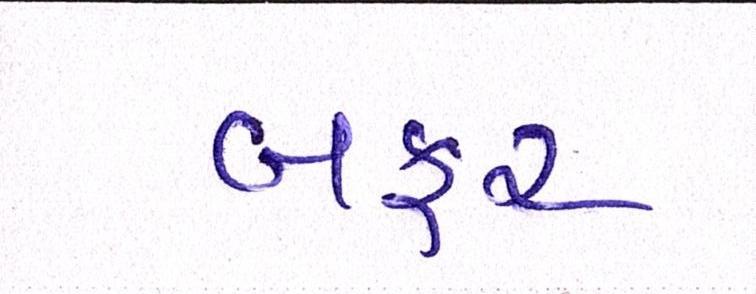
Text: બફર